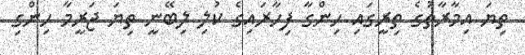
ތިޔަ އިމާރާތުގެ ތިރީގައި ހިންގާ ފިހާރައިގެ ކުލި ލިބޭނީ ތިޔަ ޖަރީމާ ހިންގި